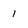
Character: 1